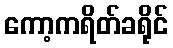
ကော့ကရိတ်ခရိုင်